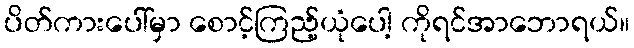
ပိတ်ကားပေါ်မှာ စောင့်ကြည့်ယုံပေါ့ ကိုရင်အာဘောရယ်။